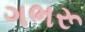
ગભરૂ